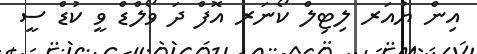
އިން ޔުއަރ ލިޓިލް ކޯނަރ އޮފް ދަ ވޯލްޑް ވީ ކުޑް ސީ